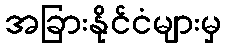
အခြားနိုင်ငံများမှ